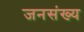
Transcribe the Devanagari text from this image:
जनसंख्य